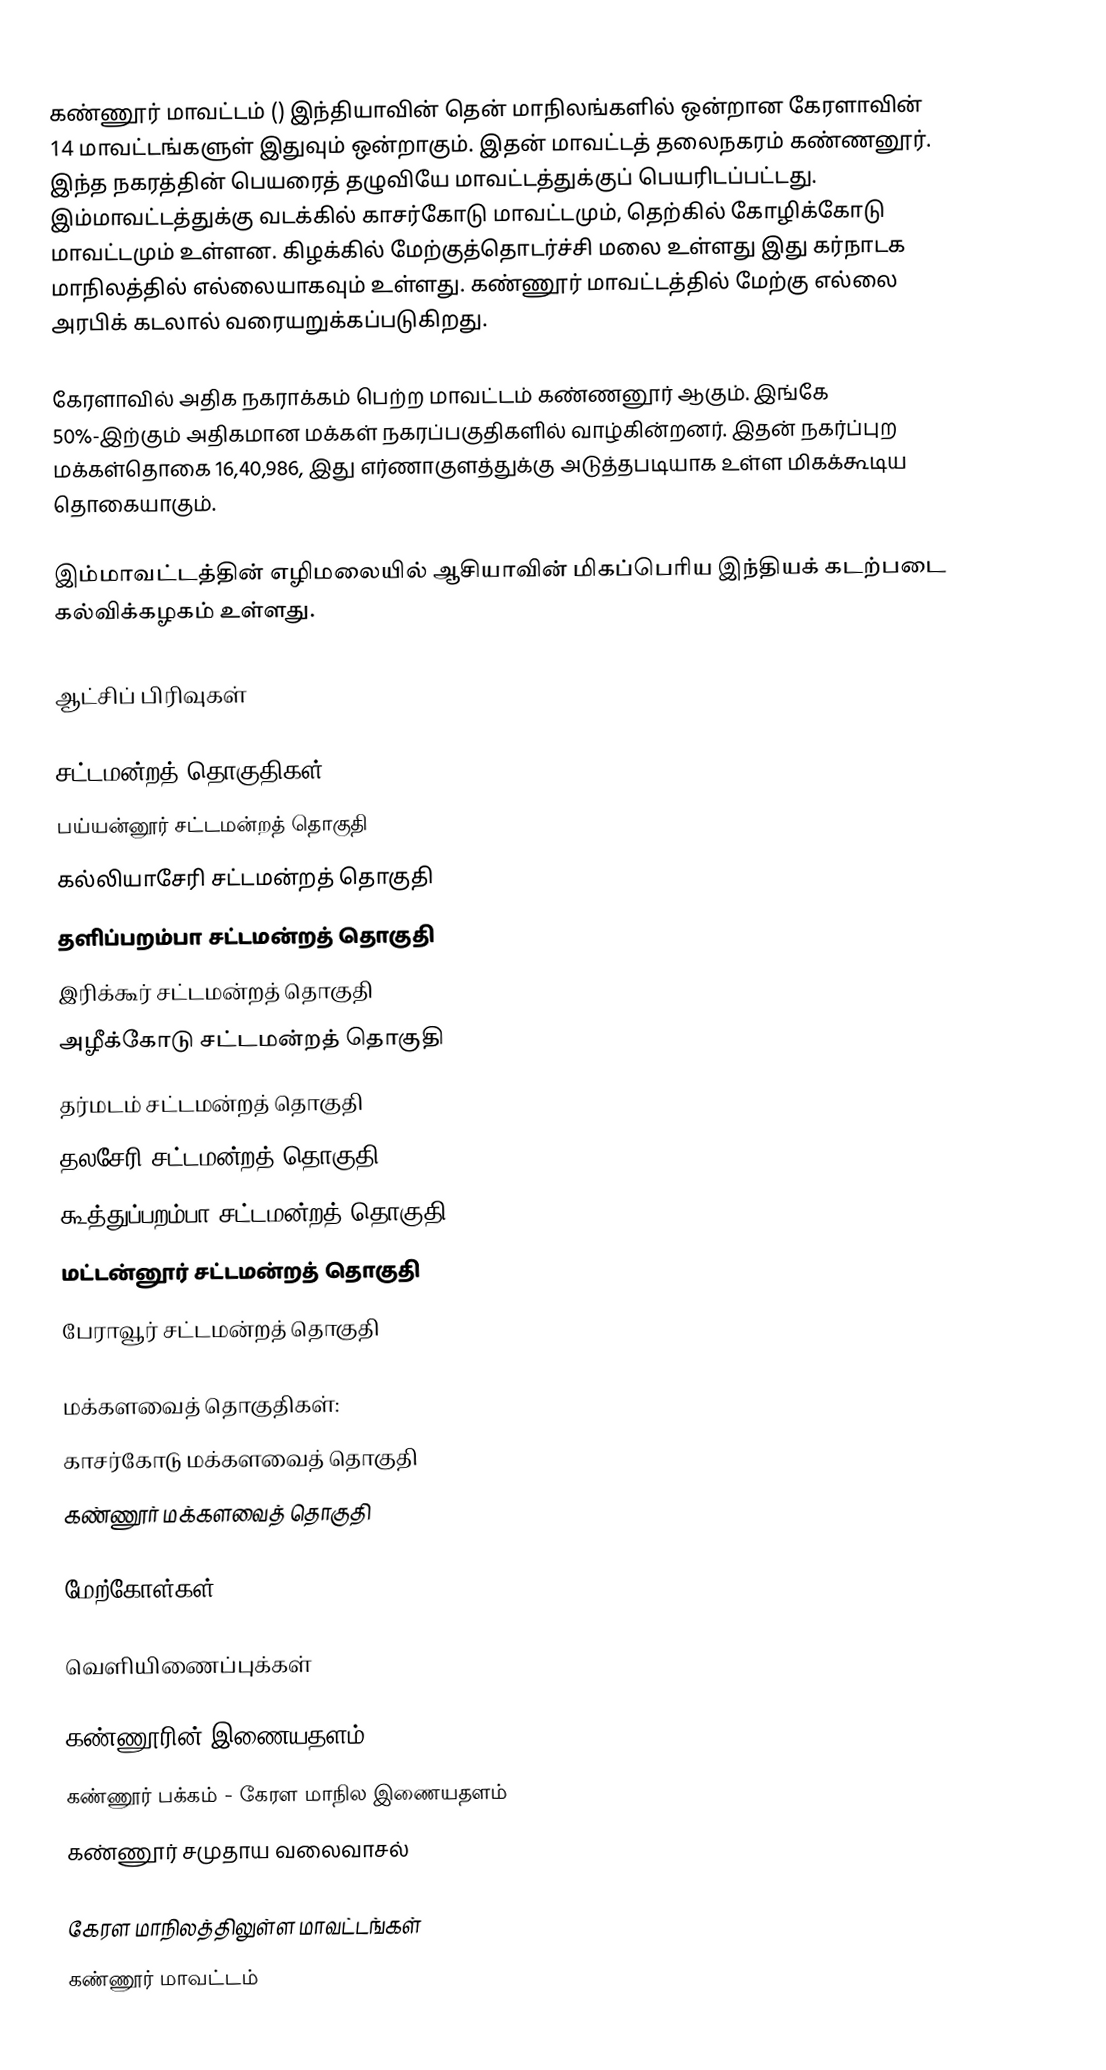
கண்ணூர் மாவட்டம் ()  இந்தியாவின் தென் மாநிலங்களில் ஒன்றான கேரளாவின் 14 மாவட்டங்களுள் இதுவும் ஒன்றாகும். இதன் மாவட்டத் தலைநகரம் கண்ணனூர். இந்த நகரத்தின் பெயரைத் தழுவியே மாவட்டத்துக்குப் பெயரிடப்பட்டது. இம்மாவட்டத்துக்கு வடக்கில் காசர்கோடு மாவட்டமும், தெற்கில் கோழிக்கோடு மாவட்டமும் உள்ளன. கிழக்கில் மேற்குத்தொடர்ச்சி மலை உள்ளது இது கர்நாடக மாநிலத்தில் எல்லையாகவும் உள்ளது. கண்ணூர் மாவட்டத்தில் மேற்கு எல்லை அரபிக் கடலால் வரையறுக்கப்படுகிறது.

கேரளாவில் அதிக நகராக்கம் பெற்ற மாவட்டம் கண்ணனூர் ஆகும். இங்கே 50%-இற்கும் அதிகமான மக்கள் நகரப்பகுதிகளில் வாழ்கின்றனர். இதன் நகர்ப்புற மக்கள்தொகை 16,40,986, இது எர்ணாகுளத்துக்கு அடுத்தபடியாக உள்ள மிகக்கூடிய தொகையாகும்.

இம்மாவட்டத்தின் எழிமலையில் ஆசியாவின் மிகப்பெரிய இந்தியக் கடற்படை கல்விக்கழகம் உள்ளது.

ஆட்சிப் பிரிவுகள்

சட்டமன்றத் தொகுதிகள்:
பய்யன்னூர் சட்டமன்றத் தொகுதி
கல்லியாசேரி சட்டமன்றத் தொகுதி
தளிப்பறம்பா சட்டமன்றத் தொகுதி
இரிக்கூர் சட்டமன்றத் தொகுதி
அழீக்கோடு சட்டமன்றத் தொகுதி
தர்மடம் சட்டமன்றத் தொகுதி
தலசேரி சட்டமன்றத் தொகுதி
கூத்துப்பறம்பா சட்டமன்றத் தொகுதி
மட்டன்னூர் சட்டமன்றத் தொகுதி
பேராவூர் சட்டமன்றத் தொகுதி

மக்களவைத் தொகுதிகள்:
காசர்கோடு மக்களவைத் தொகுதி
கண்ணூர் மக்களவைத் தொகுதி

மேற்கோள்கள்

வெளியிணைப்புக்கள்

 கண்ணூரின் இணையதளம்
 கண்ணூர் பக்கம் - கேரள மாநில இணையதளம்
 கண்ணூர் சமுதாய வலைவாசல்

கேரள மாநிலத்திலுள்ள மாவட்டங்கள்
கண்ணூர் மாவட்டம்